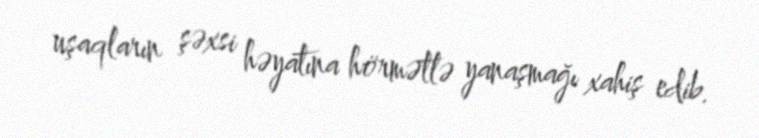
uşaqların şəxsi həyatına hörmətlə yanaşmağı xahiş edib.